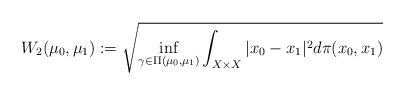
LaTeX: \begin{align*} W_2(\mu_0,\mu_1) :=\sqrt{\inf_{\gamma \in \Pi(\mu_0,\mu_1)}\int_{X \times X}|x_0-x_1|^2d\pi(x_0,x_1)} \end{align*}